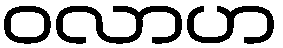
ဝလာဟ